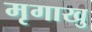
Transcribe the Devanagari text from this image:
मृगाखु